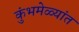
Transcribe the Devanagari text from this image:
कुंभमेळ्यांत